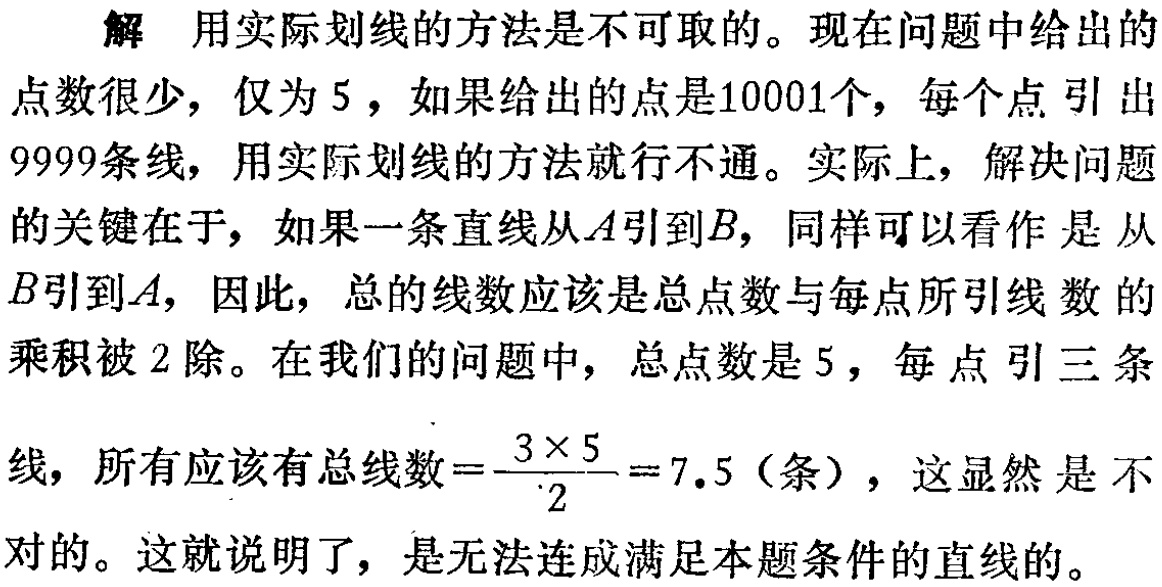
解 用实际划线的方法是不可取的。现在问题中给出的点数很少，仅为5，如果给出的点是10001个，每个点引出9999条线，用实际划线的方法就行不通。实际上，解决问题的关键在于，如果一条直线从\(A\)引到\(B\)，同样可以看作是从\(B\)引到\(A\)，因此，总的线数应该是总点数与每点所引线数的乘积被2除。在我们的问题中，总点数是5，每点引三条线，所有应该有总线数\(=\frac{3\times5}{2}=7.5\)（条），这显然是不对的。这就说明了，是无法连成满足本题条件的直线的。